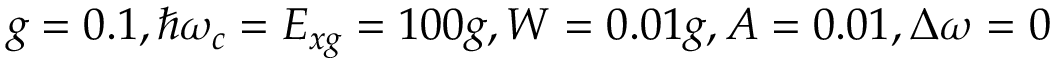
g = 0 . 1 , \hbar \omega _ { c } = E _ { x g } = 1 0 0 g , W = 0 . 0 1 g , A = 0 . 0 1 , \Delta \omega = 0